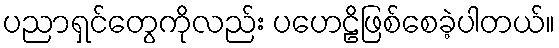
ပညာရှင်တွေကိုလည်း ပဟေဠိဖြစ်စေခဲ့ပါတယ်။